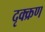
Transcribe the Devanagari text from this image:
दृक्क्रण